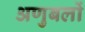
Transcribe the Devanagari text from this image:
अणुबलों